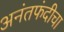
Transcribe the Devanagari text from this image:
अनंतफंदीचा